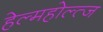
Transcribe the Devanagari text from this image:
हेल्महोल्त्ज